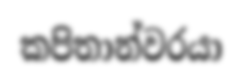
කපිතාන්වරයා